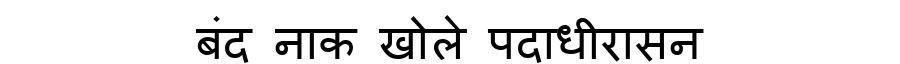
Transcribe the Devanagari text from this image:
बंद नाक खोले पदाधीरासन